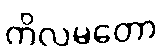
ကိလမတော